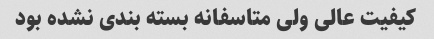
کیفیت عالی ولی متاسفانه بسته بندی نشده بود